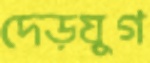
দেড়যুগ